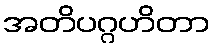
အတိပဂ္ဂဟိတာ